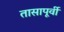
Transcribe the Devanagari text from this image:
तासापूर्वी